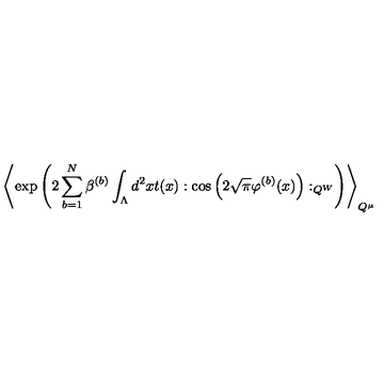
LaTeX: \left\langle \exp \left( 2 \sum _ { b = 1 } ^ { N } \beta ^ { ( b ) } \int _ { \Lambda } d ^ { 2 } x t ( x ) : \cos \left( 2 \sqrt { \pi } \varphi ^ { ( b ) } ( x ) \right) : _ { Q ^ { W } } \right) \right\rangle _ { Q ^ { \mu } }